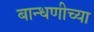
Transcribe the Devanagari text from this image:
बान्धणीच्या